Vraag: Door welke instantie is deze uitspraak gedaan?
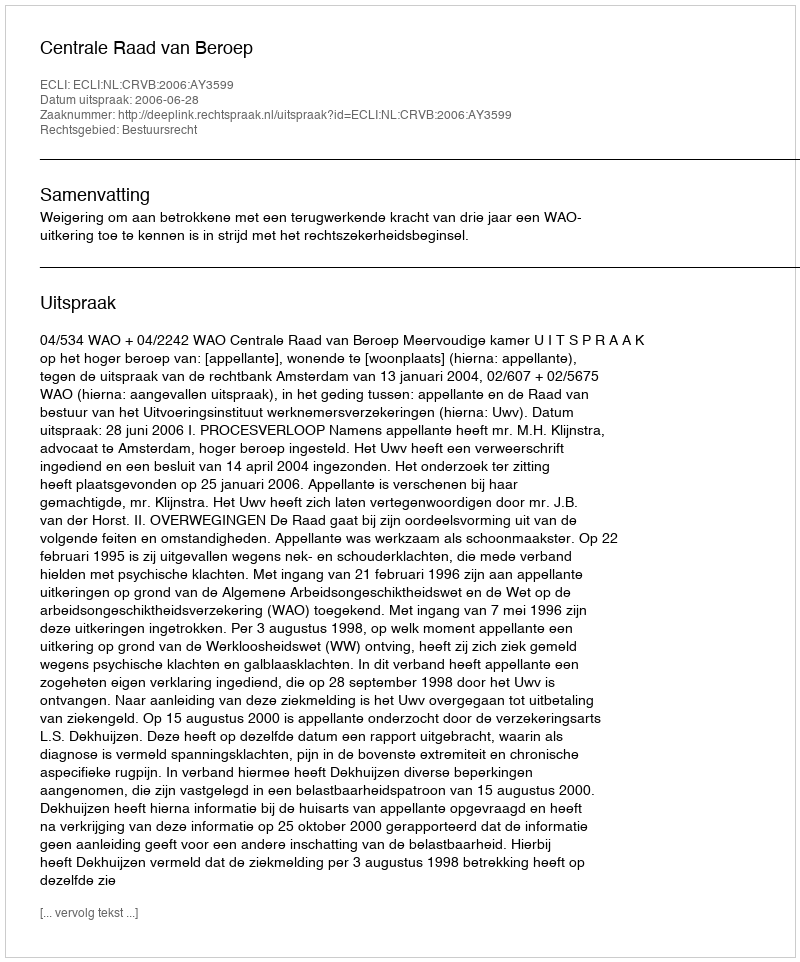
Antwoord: Centrale Raad van Beroep